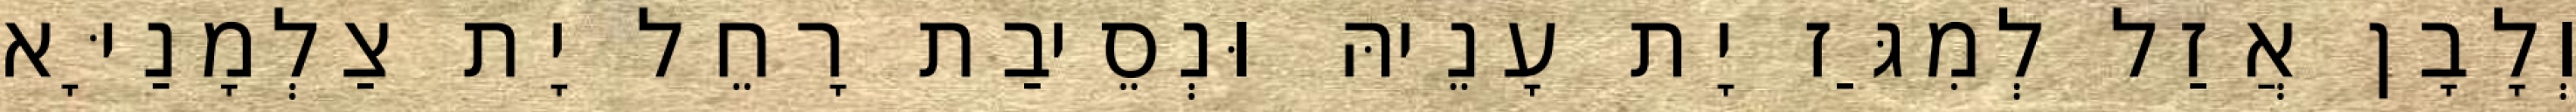
וְלָבָן אֲזַל לְמִגַּז יָת עָנֵיהּ וּנְסֵיבַת רָחֵל יָת צַלְמָנַיָּא